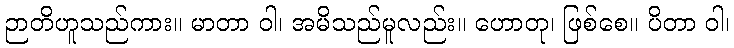
ဉာတိဟူသည်ကား။ မာတာ ဝါ၊ အမိသည်မူလည်း။ ဟောတု၊ ဖြစ်စေ။ ပိတာ ဝါ၊